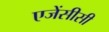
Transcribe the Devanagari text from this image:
एजेंसीसी